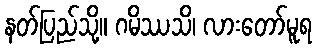
နတ်ပြည်သို့။ ဂမိဿသိ၊ လားတော်မူရ